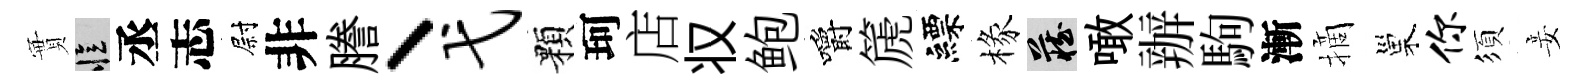
實忆丞志尉非謄丶弋顆珂店𠬧鲍嚼篪縹椽藏噉辦駒漸摘巢你須妾